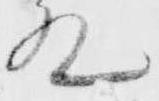
殿